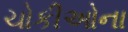
ચોકીઓના